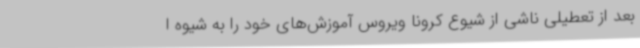
بعد از تعطیلی ناشی از شیوع کرونا ویروس آموزش‌های خود را به شیوه ا